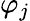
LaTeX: \varphi_{j}